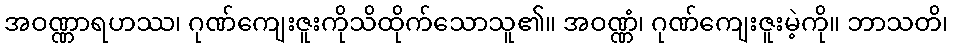
အဝဏ္ဏာရဟဿ၊ ဂုဏ်ကျေးဇူးကိုသိထိုက်သောသူ၏။ အဝဏ္ဏံ၊ ဂုဏ်ကျေးဇူးမဲ့ကို။ ဘာသတိ၊